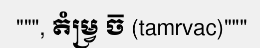
""", តំម្វ្រ ច៑ (tamrvac)"""